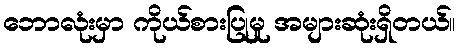
ဘောလုံးမှာ ကိုယ်စားပြုမှု အများဆုံးရှိတယ်။